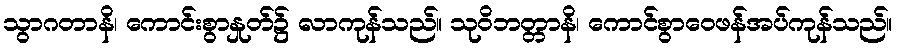
သွာဂတာနိ၊ ကောင်းစွာနှုတ်၌ လာကုန်သည်။ သုဝိဘတ္တာနိ၊ ကောင်စွာဝေဖန်အပ်ကုန်သည်။